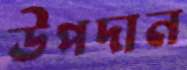
উপদান